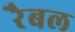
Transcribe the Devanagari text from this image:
रैबल